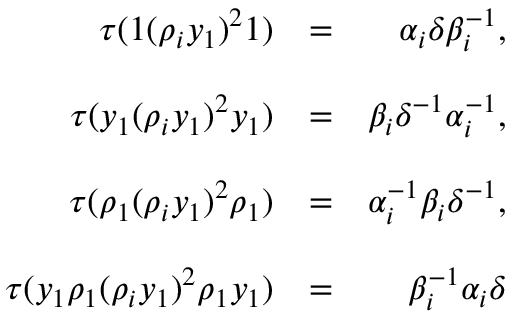
\begin{array} { r l r } { \tau ( 1 ( \rho _ { i } y _ { 1 } ) ^ { 2 } 1 ) } & { = } & { \alpha _ { i } \delta \beta _ { i } ^ { - 1 } , } \\ & { } & \\ { \tau ( y _ { 1 } ( \rho _ { i } y _ { 1 } ) ^ { 2 } y _ { 1 } ) } & { = } & { \beta _ { i } \delta ^ { - 1 } \alpha _ { i } ^ { - 1 } , } \\ & { } & \\ { \tau ( \rho _ { 1 } ( \rho _ { i } y _ { 1 } ) ^ { 2 } \rho _ { 1 } ) } & { = } & { \alpha _ { i } ^ { - 1 } \beta _ { i } \delta ^ { - 1 } , } \\ & { } & \\ { \tau ( y _ { 1 } \rho _ { 1 } ( \rho _ { i } y _ { 1 } ) ^ { 2 } \rho _ { 1 } y _ { 1 } ) } & { = } & { \beta _ { i } ^ { - 1 } \alpha _ { i } \delta } \end{array}